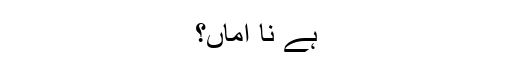
ہے نا اماں؟